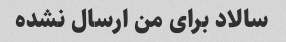
سالاد برای من ارسال نشده